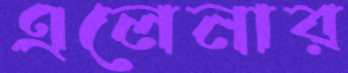
এলেনার